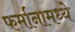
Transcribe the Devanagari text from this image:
फर्मानामध्ये